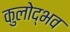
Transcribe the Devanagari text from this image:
कुलोद्भव